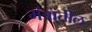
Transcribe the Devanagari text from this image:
मंत्रांतील